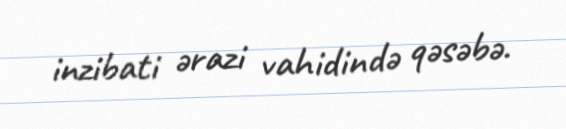
inzibati ərazi vahidində qəsəbə.